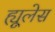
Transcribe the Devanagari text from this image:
ह्यूलेस